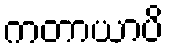
ကတာယာပိ